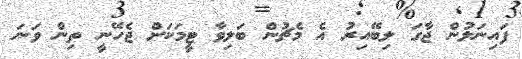
ފައިނަލުން ޖާގަ ލިބޭއިރު އެ މެޗުން ބަލިވާ ޓީމަކަށް ޖެހޭނީ ތިން ވަނަ